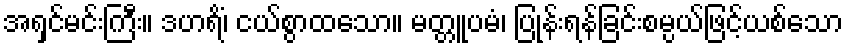
အရှင်မင်းကြီး။ ဒဟရိံ၊ ငယ်စွာထသော။ မတ္တူပမံ၊ ပြုန်းရန်ခြင်းစမ္ပယ်ဖြင့်ယစ်သော